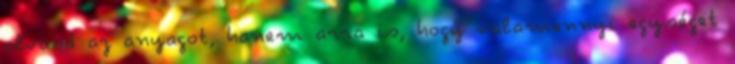
olvasó az anyagot, hanem arra is, hogy valamennyi egységet